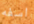
اسفه